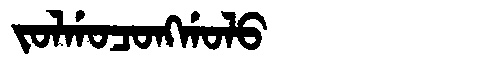
Manchu: ᠵᠣᠯᡤᠣᠴᠣᠩᡤᠣᠯᠣ
Romanization: JOLGOCONGGOLO